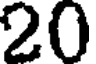
20